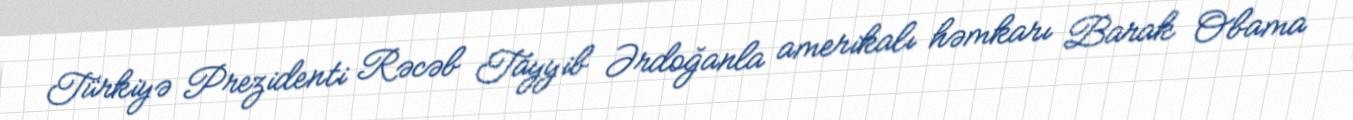
Türkiyə Prezidenti Rəcəb Tayyib Ərdoğanla amerikalı həmkarı Barak Obama